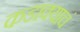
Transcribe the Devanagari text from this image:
कडाक्याचं